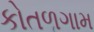
કોતળગામ